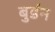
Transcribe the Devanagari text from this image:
बुर्डन